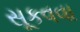
સૂકવવા